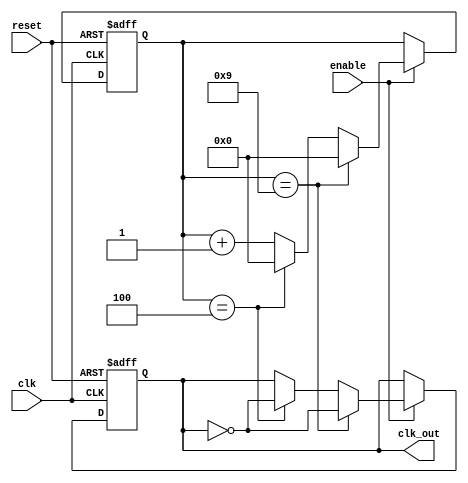
module dual_modulus_clock_divider (
  input wire clk,
  input wire reset,
  input wire enable,
  output reg clk_out
);

  reg [7:0] counter;
  reg [7:0] mod_value1 = 10; // First modulus value
  reg [7:0] mod_value2 = 5; // Second modulus value

  always @(posedge clk or posedge reset) begin
    if (reset) begin
      counter <= 8'b0;
      clk_out <= 1'b0;
    end else if (enable) begin
      if (counter == mod_value1 - 1) begin
        counter <= 8'b0;
        clk_out <= ~clk_out;
      end else if (counter == mod_value2 - 1) begin
        counter <= 8'b0;
        clk_out <= ~clk_out;
      end else begin
        counter <= counter + 1;
      end
    end
  end

endmodule